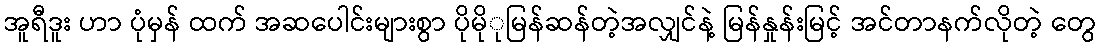
အူရီဒူး ဟာ ပုံမှန် ထက် အဆပေါင်းများစွာ ပိုမိုုမြန်ဆန်တဲ့အလျှင်နဲ့ မြန်နှုန်းမြင့် အင်တာနက်လိုတဲ့ တွေ